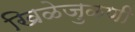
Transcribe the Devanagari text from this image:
खिळेजुळणी